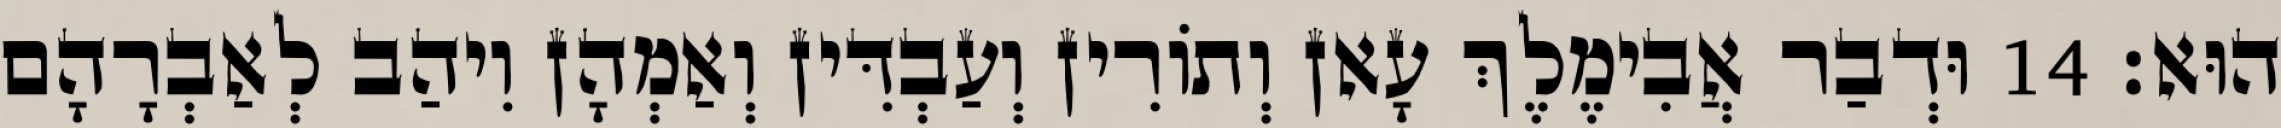
הוּא׃ 14 וּדְבַר אֲבִימֶלֶךְ עָאן וְתוֹרִין וְעַבְדִּין וְאַמְהָן וִיהַב לְאַבְרָהָם